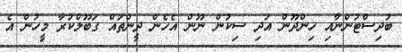
ބުދިސްޓުންނާއި ހިންދޫން އަދި ސިކުން ނޫން އެހެން ދީންތައް ގަބޫލްކުރާ މީހުން އެ